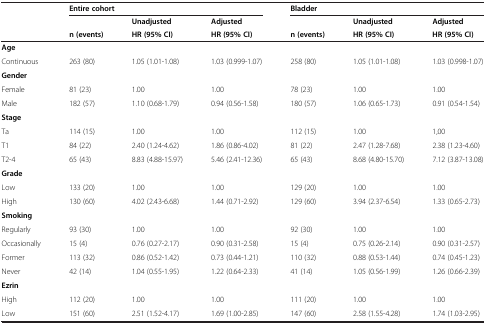
<table><thead><tr><td></td><td colspan="3"><b>Entire cohort</b></td><td colspan="3"><b>Bladder</b></td></tr><tr><td></td><td></td><td><b>Unadjusted</b></td><td><b>Adjusted</b></td><td></td><td><b>Unadjusted</b></td><td><b>Adjusted</b></td></tr><tr><td></td><td><b>n (events)</b></td><td><b>HR (95% CI)</b></td><td><b>HR (95% CI)</b></td><td><b>n (events)</b></td><td><b>HR (95% CI)</b></td><td><b>HR (95% CI)</b></td></tr></thead><tbody><tr><td><b>Age</b></td><td></td><td></td><td></td><td></td><td></td><td></td></tr><tr><td>Continuous</td><td>263 (80)</td><td>1.05 (1.01-1.08)</td><td>1.03 (0.999-1.07)</td><td>258 (80)</td><td>1.05 (1.01-1.08)</td><td>1.03 (0.998-1.07)</td></tr><tr><td><b>Gender</b></td><td></td><td></td><td></td><td></td><td></td><td></td></tr><tr><td>Female</td><td>81 (23)</td><td>1.00</td><td>1.00</td><td>78 (23)</td><td>1.00</td><td>1.00</td></tr><tr><td>Male</td><td>182 (57)</td><td>1.10 (0.68-1.79)</td><td>0.94 (0.56-1.58)</td><td>180 (57)</td><td>1.06 (0.65-1.73)</td><td>0.91 (0.54-1.54)</td></tr><tr><td><b>Stage</b></td><td></td><td></td><td></td><td></td><td></td><td></td></tr><tr><td>Ta</td><td>114 (15)</td><td>1.00</td><td>1.00</td><td>112 (15)</td><td>1.00</td><td>1,00</td></tr><tr><td>T1</td><td>84 (22)</td><td>2.40 (1.24-4.62)</td><td>1.86 (0.86-4.02)</td><td>81 (22)</td><td>2.47 (1.28-7.68)</td><td>2.38 (1.23-4.60)</td></tr><tr><td>T2-4</td><td>65 (43)</td><td>8.83 (4.88-15.97)</td><td>5.46 (2.41-12.36)</td><td>65 (43)</td><td>8.68 (4.80-15.70)</td><td>7.12 (3.87-13.08)</td></tr><tr><td><b>Grade</b></td><td></td><td></td><td></td><td></td><td></td><td></td></tr><tr><td>Low</td><td>133 (20)</td><td>1.00</td><td>1.00</td><td>129 (20)</td><td>1.00</td><td>1.00</td></tr><tr><td>High</td><td>130 (60)</td><td>4.02 (2.43-6.68)</td><td>1.44 (0.71-2.92)</td><td>129 (60)</td><td>3.94 (2.37-6.54)</td><td>1.33 (0.65-2.73)</td></tr><tr><td><b>Smoking</b></td><td></td><td></td><td></td><td></td><td></td><td></td></tr><tr><td>Regularly</td><td>93 (30)</td><td>1.00</td><td>1.00</td><td>92 (30)</td><td>1.00</td><td>1.00</td></tr><tr><td>Occasionally</td><td>15 (4)</td><td>0.76 (0.27-2.17)</td><td>0.90 (0.31-2.58)</td><td>15 (4)</td><td>0.75 (0.26-2.14)</td><td>0.90 (0.31-2.57)</td></tr><tr><td>Former</td><td>113 (32)</td><td>0.86 (0.52-1.42)</td><td>0.73 (0.44-1.21)</td><td>110 (32)</td><td>0.88 (0.53-1.44)</td><td>0.74 (0.45-1.23)</td></tr><tr><td>Never</td><td>42 (14)</td><td>1.04 (0.55-1.95)</td><td>1.22 (0.64-2.33)</td><td>41 (14)</td><td>1.05 (0.56-1.99)</td><td>1.26 (0.66-2.39)</td></tr><tr><td><b>Ezrin</b></td><td></td><td></td><td></td><td></td><td></td><td></td></tr><tr><td>High</td><td>112 (20)</td><td>1.00</td><td>1.00</td><td>111 (20)</td><td>1.00</td><td>1.00</td></tr><tr><td>Low</td><td>151 (60)</td><td>2.51 (1.52-4.17)</td><td>1.69 (1.00-2.85)</td><td>147 (60)</td><td>2.58 (1.55-4.28)</td><td>1.74 (1.03-2.95)</td></tr></tbody></table>